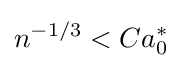
n^{-1/3}<Ca_{0}^{*}